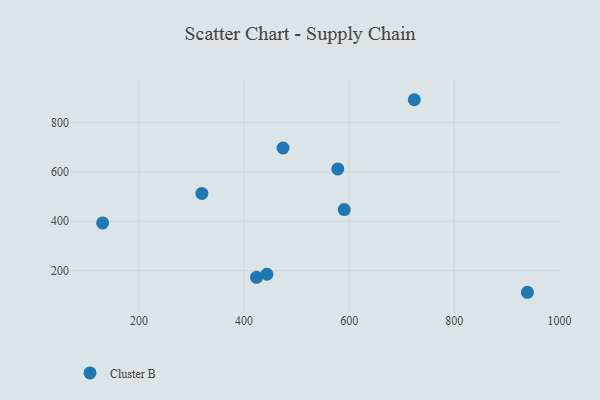
{"axis": {"x": "Price", "y": "Exam Score"}, "legend": ["Cluster B"], "data": [{"x": "723.9", "y": 893.0, "type": "Cluster B"}, {"x": "939.1", "y": 112.1, "type": "Cluster B"}, {"x": "130.8", "y": 393.5, "type": "Cluster B"}, {"x": "590.6", "y": 447.3, "type": "Cluster B"}, {"x": "443.4", "y": 185.3, "type": "Cluster B"}, {"x": "319.7", "y": 513.0, "type": "Cluster B"}, {"x": "578.3", "y": 612.3, "type": "Cluster B"}, {"x": "423.7", "y": 172.7, "type": "Cluster B"}, {"x": "474.1", "y": 697.3, "type": "Cluster B"}]}